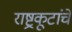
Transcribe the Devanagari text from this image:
राष्ट्रकूटांचे